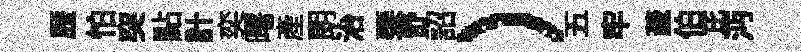
歴怕突點計奕曙產朗治琹舒詔）五牢薉伯芘沔